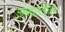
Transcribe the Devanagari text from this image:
अवतारलीला